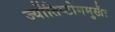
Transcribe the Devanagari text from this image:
र्ज्योतिष्टोममुखैः